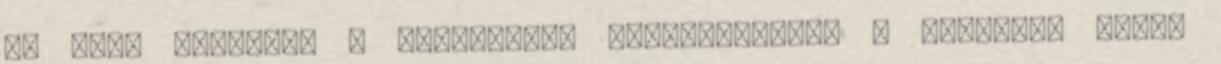
az idős szülőket a vásárhelyi házfelgyújtók - Bírósági ügyek